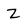
Character: Z